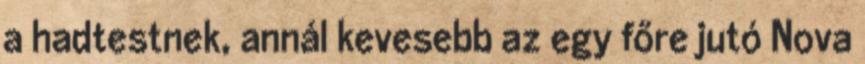
a hadtestnek, annál kevesebb az egy főre jutó Nova